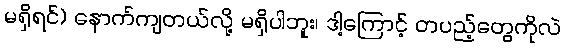
မရှိရင်) နောက်ကျတယ်လို့ မရှိပါဘူး၊ ဒါ့ကြောင့် တပည့်တွေကိုလဲ